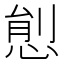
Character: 𢛋